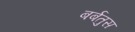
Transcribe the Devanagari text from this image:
बर्बतुस